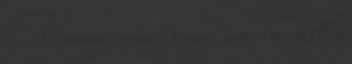
vagyok vele, hogy siman kimennek Becsbe is, ha lenne